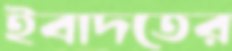
ইবাদতের